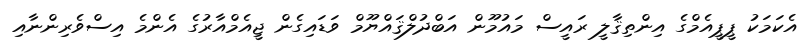
އެކަމަކު ޕީޕީއެމްގެ އިންތިޤާލީ ރައީސް މައުމޫން އަބްދުލްޤައްޔޫމް ވަޑައިގެން ޖީއެމްއާރުގެ އެންމެ އިސްވެރިންނާއި